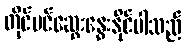
တိုင်ပင်ဆွေးနွေးနိုင်ပါသည်